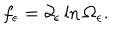
LaTeX: f _ { \epsilon } = \partial _ { \epsilon } \ln \Omega _ { \epsilon } .